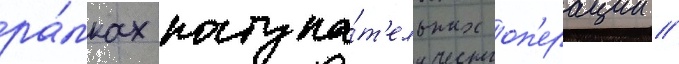
ра́мках наступа́т'ельных оп'ерации /